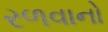
રળવાનો